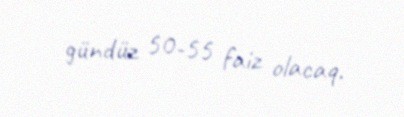
gündüz 50-55 faiz olacaq.